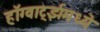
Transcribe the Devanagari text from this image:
हॉग्वार्ट्झमध्ये